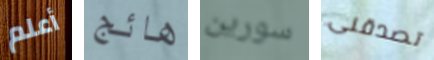
أعلم هائج سورين تصدقنى